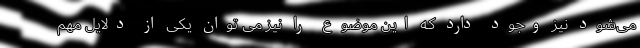
می‌شود نیز وجود دارد که این موضوع را نیز می توان یکی از دلایل مهم